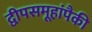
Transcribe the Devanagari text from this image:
द्वीपसमूहांपैकी